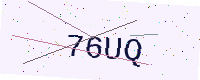
Text: 76UQ